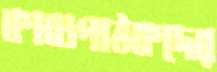
কাব্যপাঠকদের